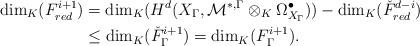
LaTeX: \begin{align*}\dim_K(F_{red}^{i+1})&=\dim_K(H^{d}(X_{\Gamma},{\mathcal{M}}^{*,{\Gamma}}\otimes_K\Omega^{\bullet}_{X_{\Gamma}}))-\dim_K(\check{F}_{red}^{d-i})\\{}&\le\dim_K(\check{F}^{i+1}_{\Gamma})=\dim_K(F^{i+1}_{\Gamma}).\end{align*}